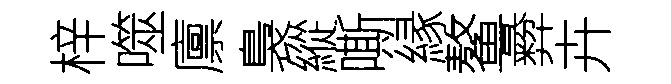
梓噬廪裊縱嘶縁鳌彜卉